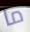
ما